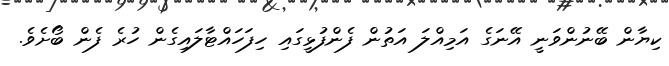
ކިޔާން ބޭނުންވަނީ އޭނަގެ އަމިއްލަ އަތުން ފެންފުޅީގައި ހިފަހައްޓާލައިގެން ހުރެ ފެން ބޯށެވެ.